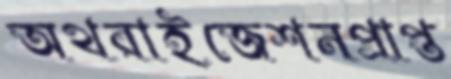
অথরাইজেশনপ্রাপ্ত